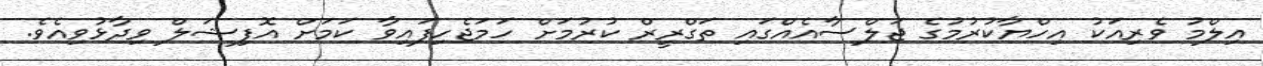
އިލްމު ވެރިއަކު އިހްޔާކުރުމުގެ ޖަލްސާއެއްގައި ތަގްރީރް ކުރުމަށް ހަމަޖެހިފައިވާ ކަމަށް އޮފިޝަލް ވިދާޅުވިއެވެ.